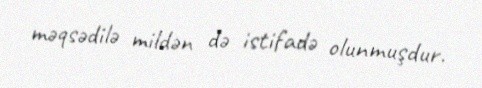
məqsədilə mildən də istifadə olunmuşdur.